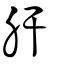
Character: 肝